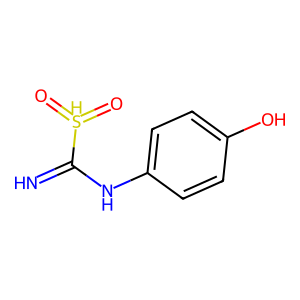
SMILES: N=C(Nc1ccc(O)cc1)[SH](=O)=O
Inhibits HIV replication: No